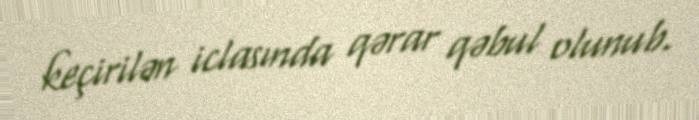
keçirilən iclasında qərar qəbul olunub.